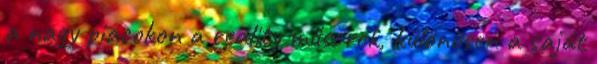
a nagy piacokon a reality műsorok, különösen a saját